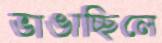
ভাঙাচ্ছিলে